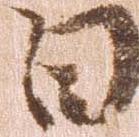
日